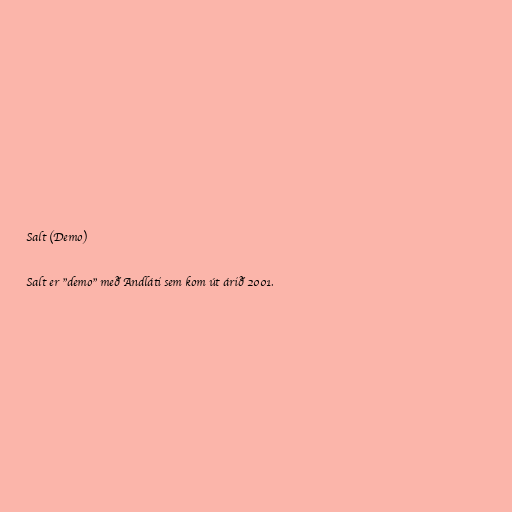
Salt (Demo)

Salt er "demo" með Andláti sem kom út árið 2001.